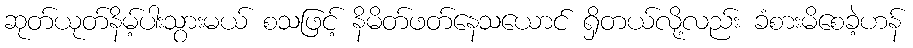
ဆုတ်ယုတ်နိမ့်ပါးသွားမယ် စသဖြင့် နိမိတ်ဖတ်နေသယောင် ရှိတယ်လို့လည်း ခံစားမိစေခဲ့ဟန်